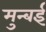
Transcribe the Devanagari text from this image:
मुन्बई